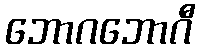
ဘောဂဘောဂီ